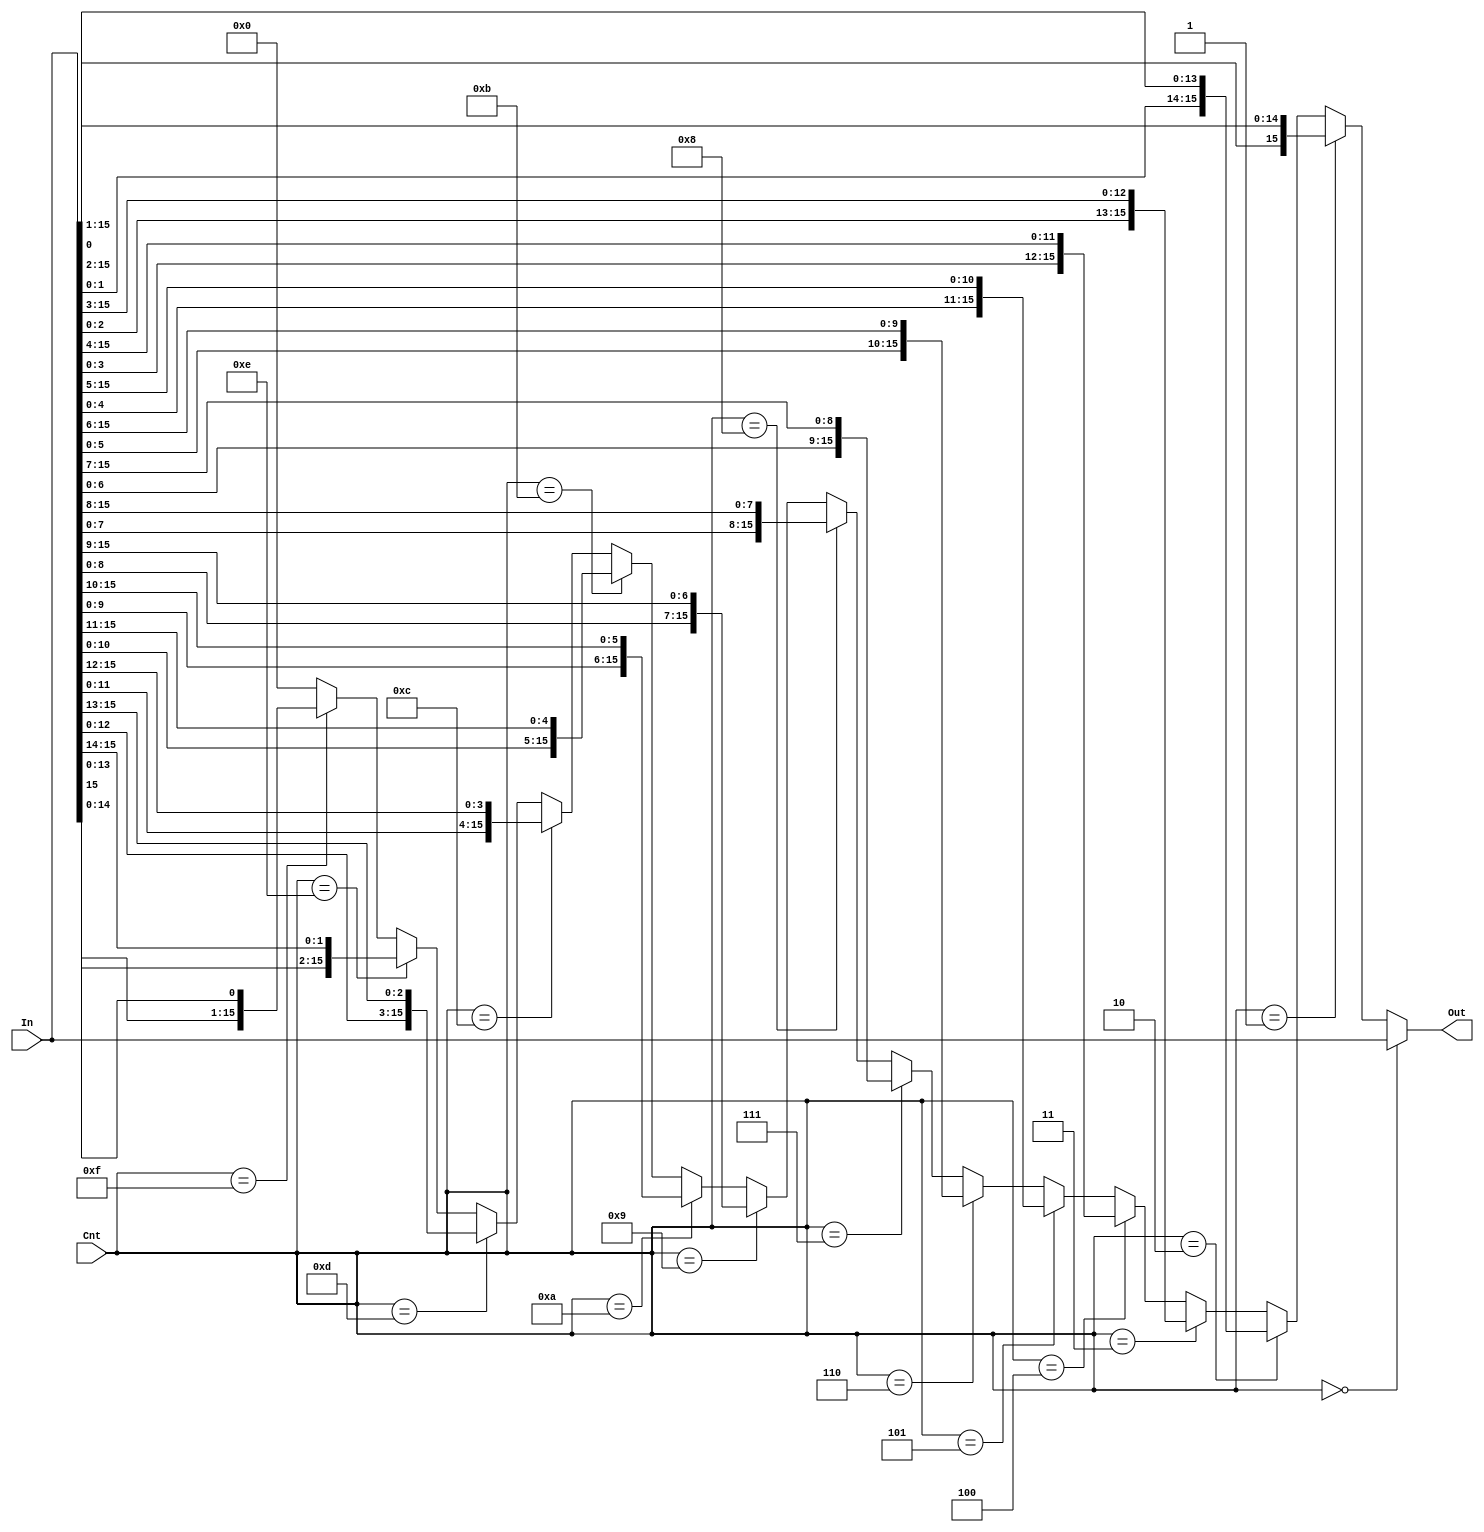
module rotate_right (In, Cnt, Out);
   // declare constant for size of inputs, outputs (N) and # bits to shift (C)
   parameter   N = 16;
   parameter   C = 4;
   parameter   O = 2;

   input [N-1:0]   In;
   input [C-1:0]   Cnt;
   output [N-1:0]  Out;

   assign Out = (Cnt == 4'd0) ? In[15:0]
	      : (Cnt == 4'd1) ? {In[0],In[15:1]}
	      : (Cnt == 4'd2) ? {In[1:0],In[15:2]} 
	      : (Cnt == 4'd3) ? {In[2:0],In[15:3]}
	      : (Cnt == 4'd4) ? {In[3:0],In[15:4]}
	      : (Cnt == 4'd5) ? {In[4:0],In[15:5]}
	      : (Cnt == 4'd6) ? {In[5:0],In[15:6]}
	      : (Cnt == 4'd7) ? {In[6:0],In[15:7]}
	      : (Cnt == 4'd8) ? {In[7:0],In[15:8]}
	      : (Cnt == 4'd9) ? {In[8:0],In[15:9]}
	      : (Cnt == 4'd10) ? {In[9:0],In[15:10]}
	      : (Cnt == 4'd11) ? {In[10:0],In[15:11]}
	      : (Cnt == 4'd12) ? {In[11:0],In[15:12]}
	      : (Cnt == 4'd13) ? {In[12:0],In[15:13]}
	      : (Cnt == 4'd14) ? {In[13:0],In[15:14]}
	      : (Cnt == 4'd15) ? {In[14:0],In[15]}
	      : 16'd0;
endmodule